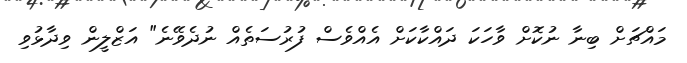
މައްޗަށް ބިނާ ނުކޮށް ވާހަކަ ދައްކާކަށް އެއްވެސް ފުރުސަތެއް ނުދެވޭނެ" އަޒްލީން ވިދާޅުވި